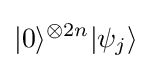
|0\rangle ^{\otimes 2n}|\psi _{j}\rangle